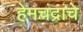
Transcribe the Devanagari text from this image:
हेमचंद्रांचे